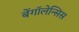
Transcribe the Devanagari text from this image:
बेंगॉलेन्सिस